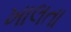
ખાલતા